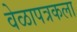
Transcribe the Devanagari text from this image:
वेळापत्रकला